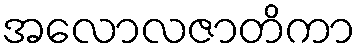
အလောလဇာတိကာ